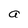
Character: a